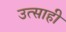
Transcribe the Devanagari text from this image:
उत्‍साही